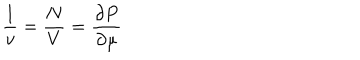
\frac 1 v = \frac N V = \frac { \partial P } { \partial \mu }